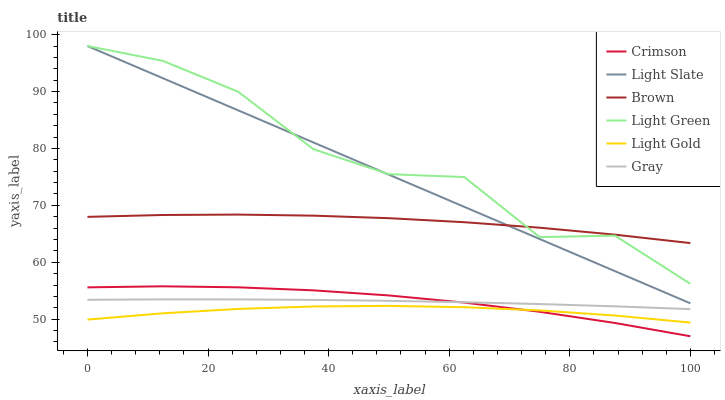
| xaxis_label | Crimson | Light Slate | Brown | Light Green | Light Gold | Gray |
 | --- | --- | --- | --- | --- | --- | --- |
 | 0 | 55.6 | 98 | 68 | 98 | 49.9 | 53.4 |
 | 12.5 | 55.8 | 92.3 | 68.3 | 95.4 | 51 | 53.5 |
 | 25 | 55.6 | 86.7 | 68.4 | 90 | 51.8 | 53.5 |
 | 37.5 | 55.1 | 81 | 68.2 | 79.9 | 52.2 | 53.4 |
 | 50 | 54.2 | 75.4 | 67.7 | 75.5 | 52.3 | 53.2 |
 | 62.5 | 52.9 | 69.7 | 67 | 75 | 52.1 | 53 |
 | 75 | 51.3 | 64.1 | 66.1 | 64.4 | 51.5 | 52.7 |
 | 87.5 | 49.3 | 58.4 | 64.9 | 64.7 | 50.6 | 52.3 |
 | 100 | 47 | 52.8 | 63.4 | 56.2 | 49.4 | 51.8 |